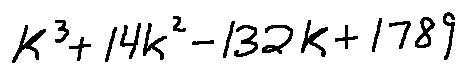
k ^ { 3 } + 1 4 k ^ { 2 } - 1 3 2 k + 1 7 8 9